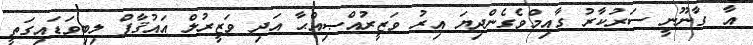
އާ ގާނޫނީ ސަރުކާރު ގާއިމްވެގެންދިޔަ އިރު ވަޒީރުއްޞިއްޙާ އަދި ވަޒީރުލް އައުޤާފް ލިބިވަޑައިގަތީ